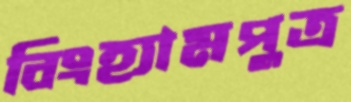
বিংহ্যামপুত্র